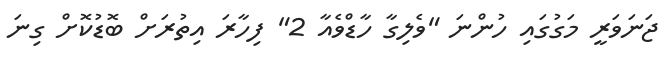
ޖަނަވަރީ މަގުގައި ހުންނަ "ވެލިގާ ހާޑްވެއާ 2" ފިހާރަ އިތުރަށް ބޮޑުކޮށް ގިނަ